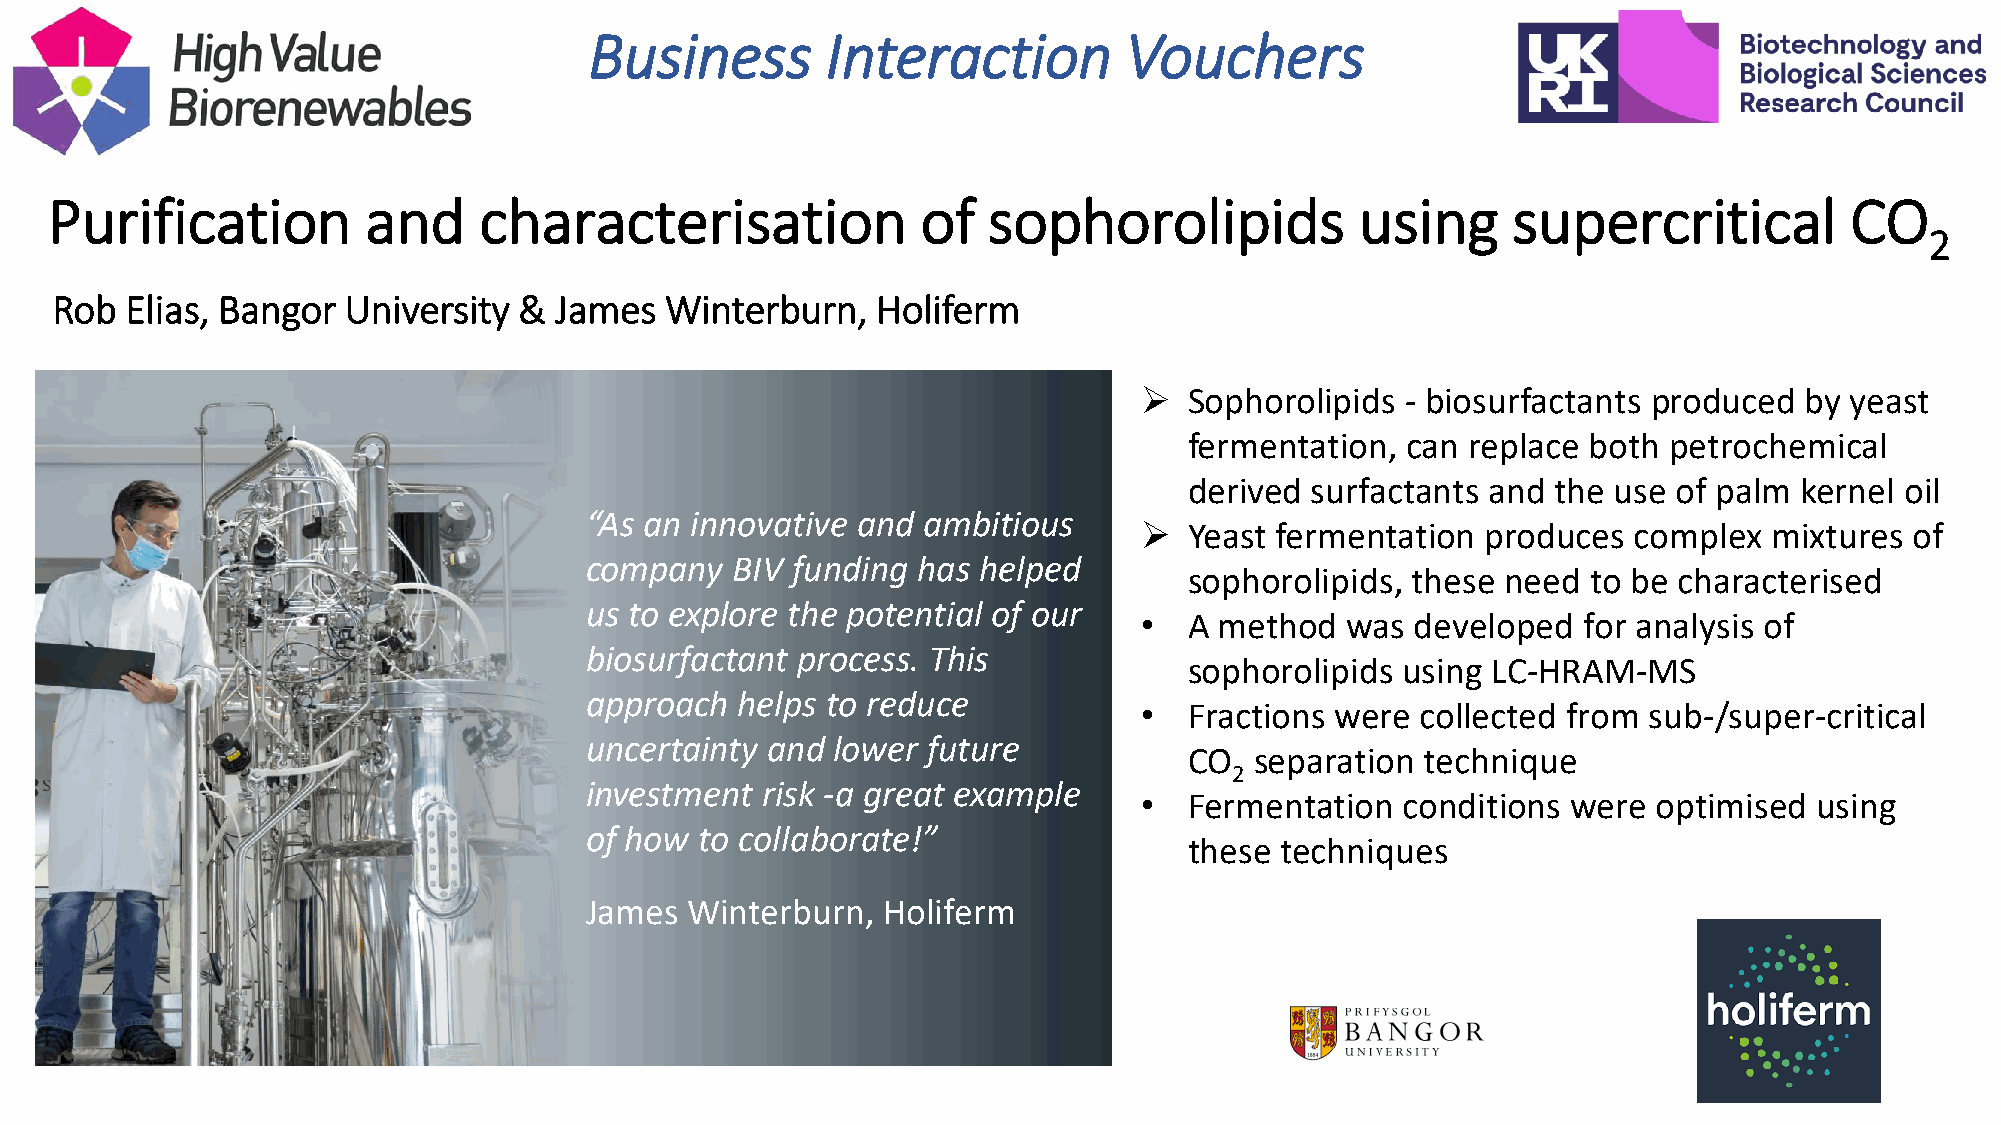
Business        Interaction        Vouchers
 Purification         and     characterisation             of  sophorolipids            using     supercritical         CO
 2
 Rob  Elias, Bangor  University &  James  Winterburn,   Holiferm
 ➢   Sophorolipids - biosurfactants produced by yeast
 fermentation, can replace both petrochemical
 derived surfactants and the use of palm kernel oil
 “As an innovative and ambitious
 ➢   Yeast fermentation produces  complex  mixtures  of
 company  BIV funding  has helped
 sophorolipids, these need to be characterised
 us to explore the potential of our
 •   A method  was  developed  for analysis of
 biosurfactant process. This
 sophorolipids using LC-HRAM-MS
 approach  helps to reduce
 •   Fractions were collected from sub-/super-critical
 uncertainty and lower future
 CO  separation technique
 2
 investment risk -a great example
 •   Fermentation  conditions were  optimised using
 of how to collaborate!”
 these techniques
 James Winterburn,  Holiferm